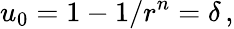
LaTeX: u_{0}=1-1/r^{n}=\delta\, ,